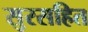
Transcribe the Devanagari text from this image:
सुरसहित